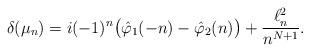
LaTeX: \begin{align*}\delta(\mu_n)= i(-1)^n\big(\hat\varphi_1(-n)-\hat\varphi_2(n)\big)+ \frac{\ell^2_n}{n^{N+1}}.\end{align*}